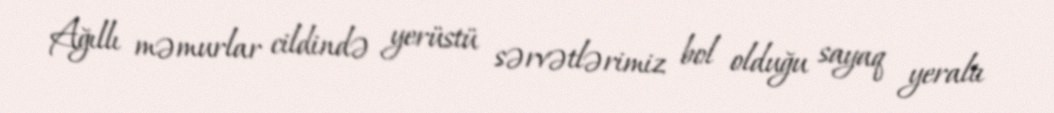
Ağıllı məmurlar cildində yerüstü sərvətlərimiz bol olduğu sayaq yeraltı